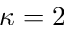
\kappa = 2